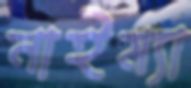
নাইম্যা